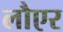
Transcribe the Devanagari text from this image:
लौएर